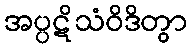
အပ္ပဋိသံဝိဒိတွာ